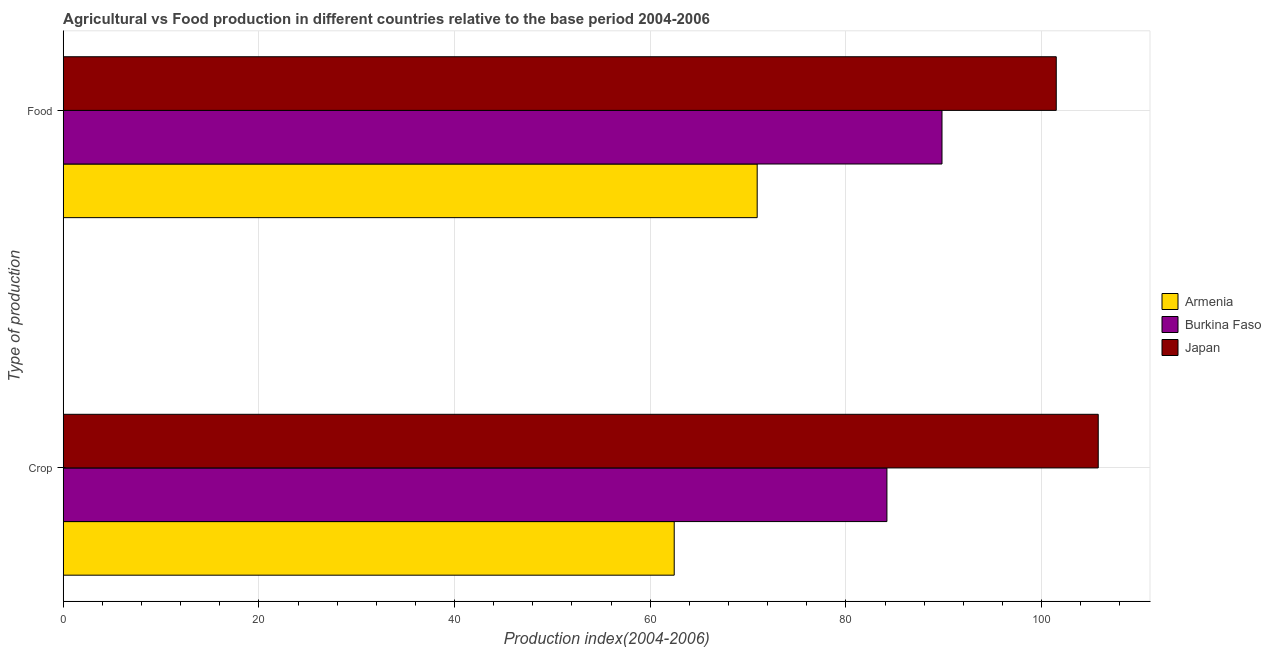
| Type of production | Armenia | Burkina Faso | Japan |
 | --- | --- | --- | --- |
 | Crop | 62.5 | 84.2 | 106 |
 | Food | 70.9 | 89.8 | 102 |